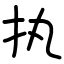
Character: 执